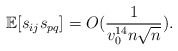
\begin{align*} \mathbb{E}[s_{ij} s_{pq}] & = O(\frac{1}{v_0^{14} n\sqrt{n}}). \end{align*}